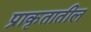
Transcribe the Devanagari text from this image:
प्राकृतातील